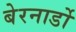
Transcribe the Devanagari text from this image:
बेरनार्डो